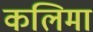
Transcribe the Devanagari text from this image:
कलिमा